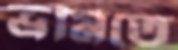
ভ্রমিতে